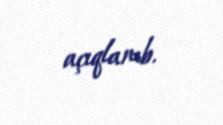
açıqlanıb.